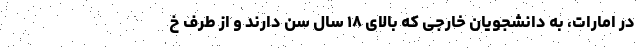
در امارات، به دانشجویان خارجی که بالای ۱۸ سال سن دارند و از طرف خ